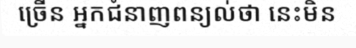
ច្រើន អ្នកជំនាញពន្យល់ថា នេះមិន